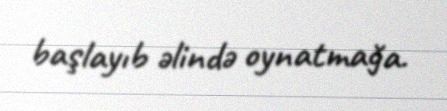
başlayıb əlində oynatmağa.